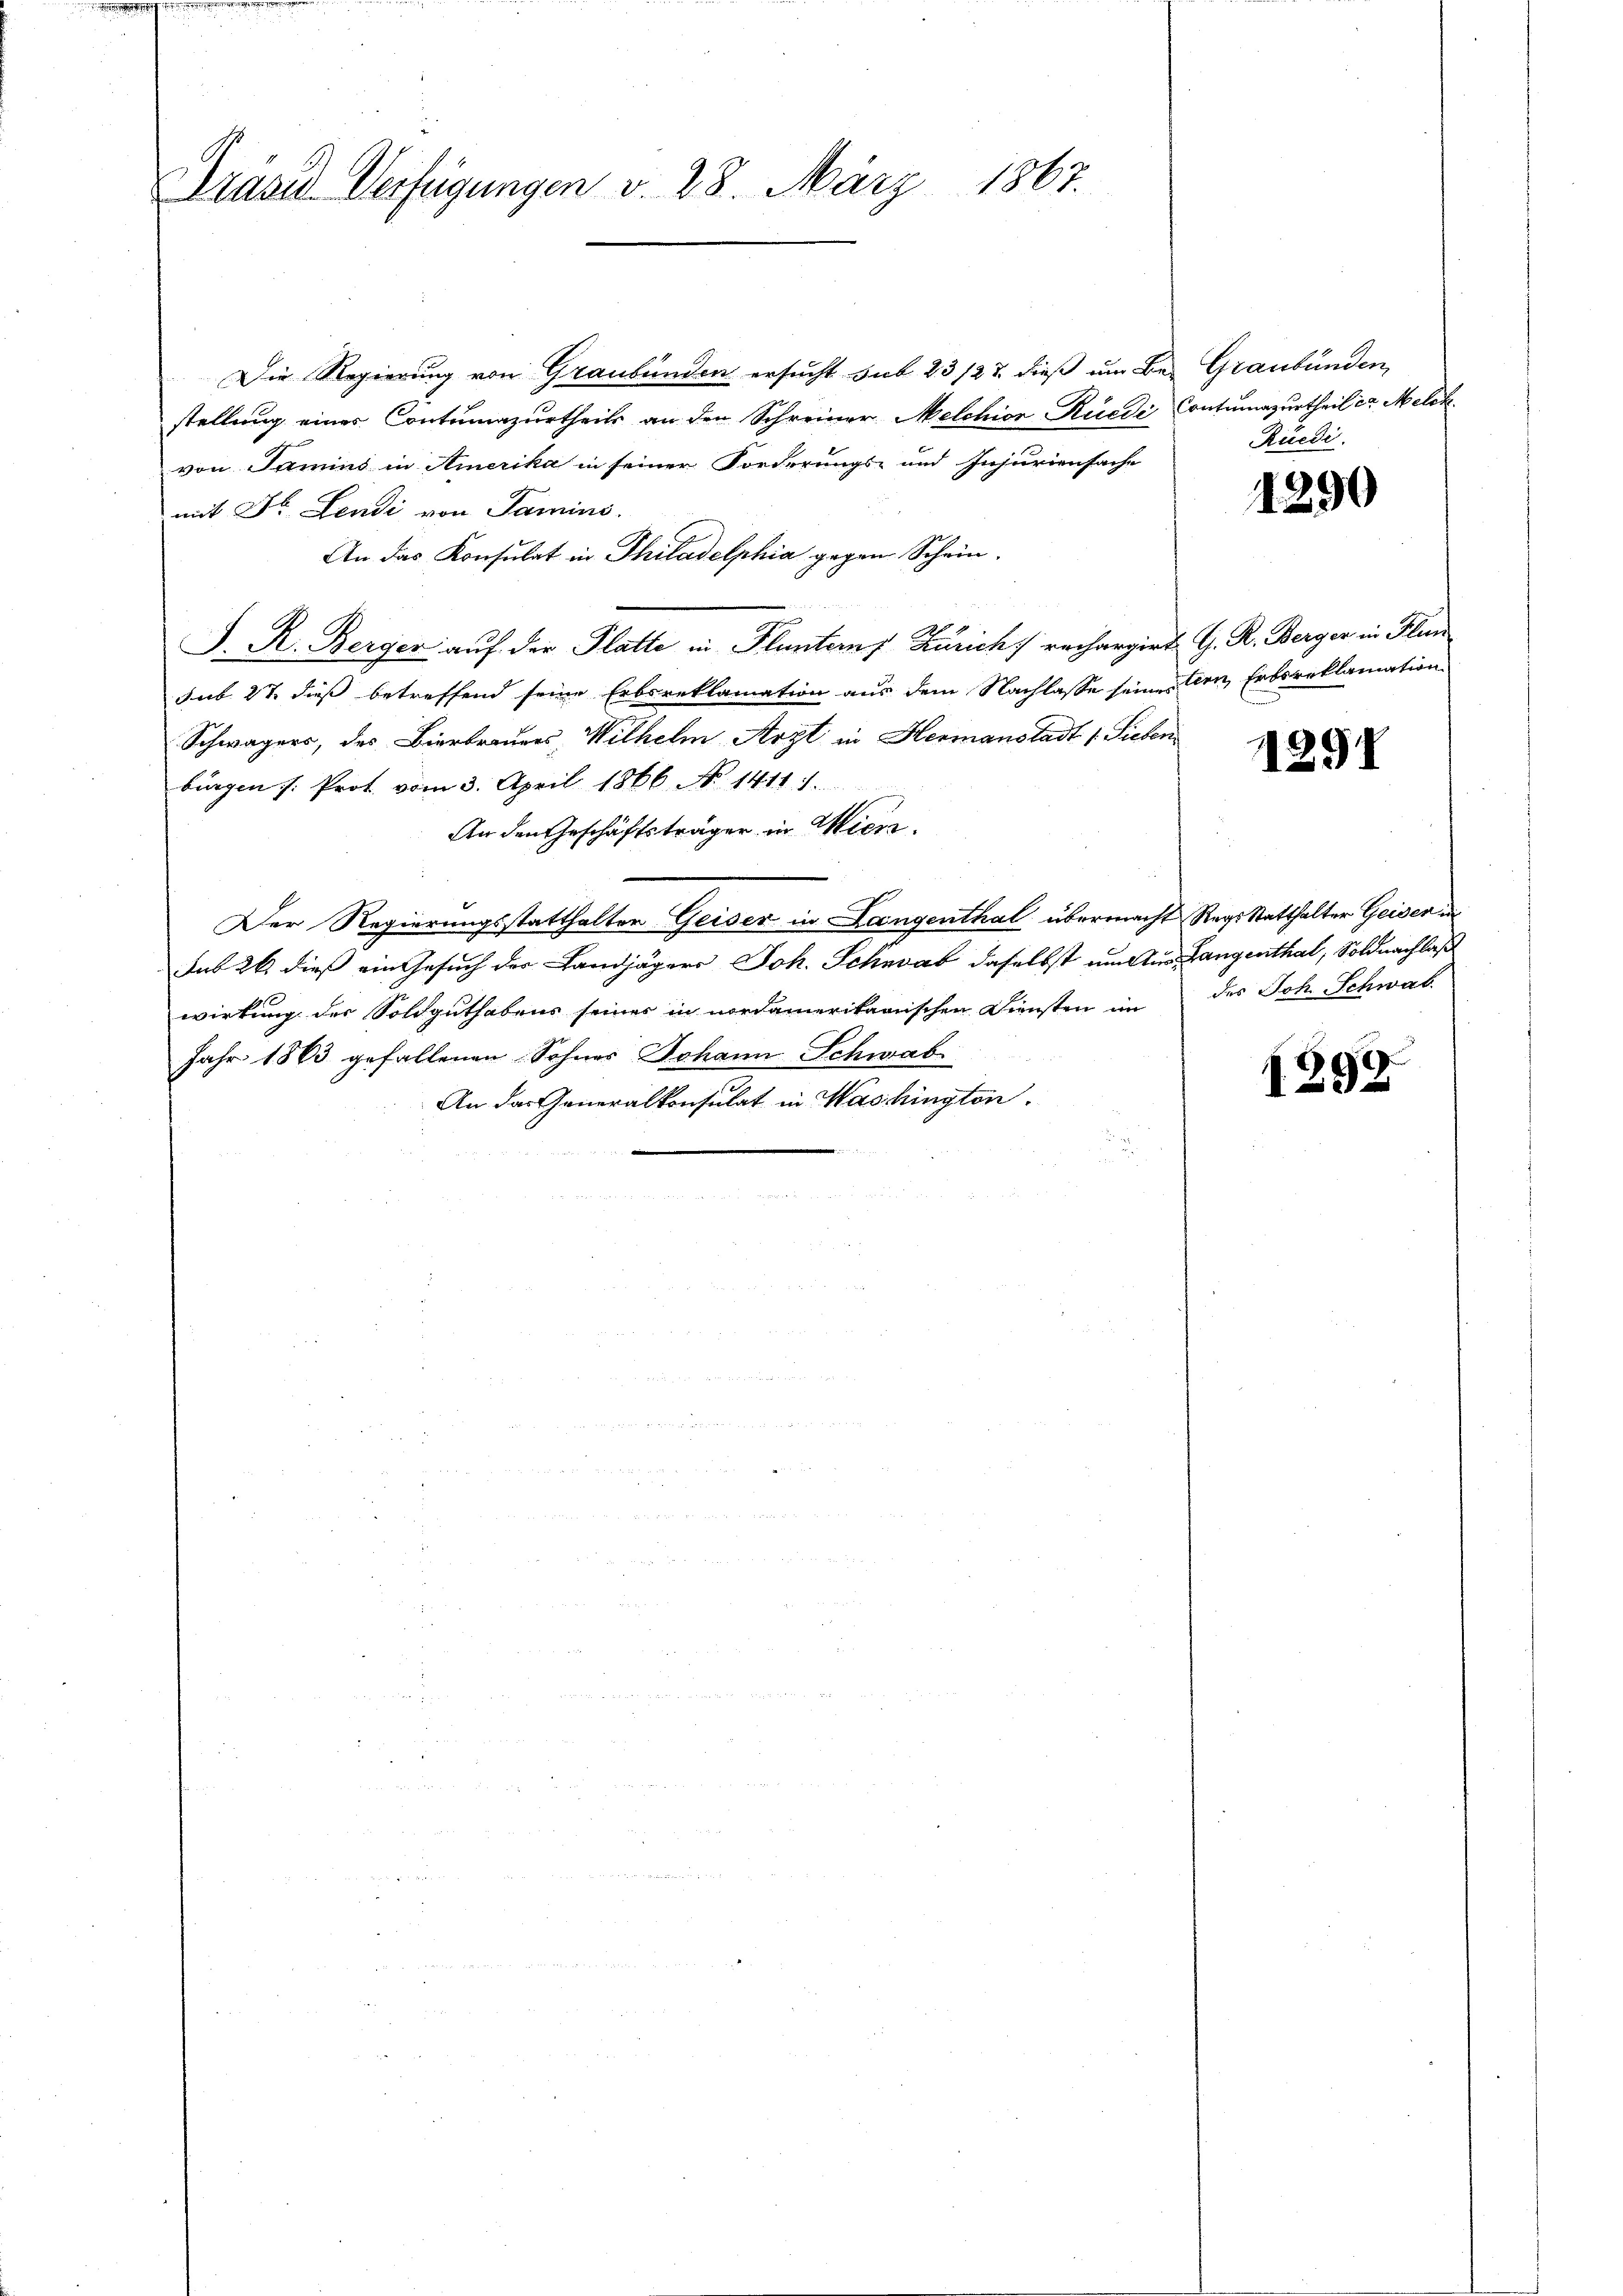
Dräsd Verfügungen v. 28. März 1867.

Die Regierung von Graubünden ersucht sub 23/22 dieß um Bei Graubünden,
stellung einer Contumazurtheils an den Schreiner Melchior Rüedi Contumazurtheil ca. Melck
von Samins in Amerika in seiner Forderungs- und Injuriensache
mit Dr. Lendi von Samins.
An das Konsulat in Thiladelphia gegen Schein¬
S. R. Berger auf der Platte in Fluntern Zürich rechargirt G. R. Berger in Flun
sub 27 dieß betreffend seine Erbsreklamation aus dem Nachlasse seine Frn, Erbsreklamation
Schwägers, des Bierbrauers, Wilhelm Arzt in Hermanstadt 1. Sieben
bürgen /: Prot. vom 3. April 1866. No. 1411 1.
An den Geschäftsträger in Wien.
Der Regierungsstatthalter Geiser in Langenthal übermacht Reges Statthalter Geiser in
sub 26 dieß ein Gesuch der Landjägers Joh. Schwab daselbst um Aus Langenthal, Soldnachlaß
wirkung des Soldguthabens seiner in nordamerikarischen Diensten im des Joh. Schwab
Jahr 1863 gefallenen Sohnes Johann Schwab
An das Generalkonsulat in Washington.

Rüedi

1290

11291

1299